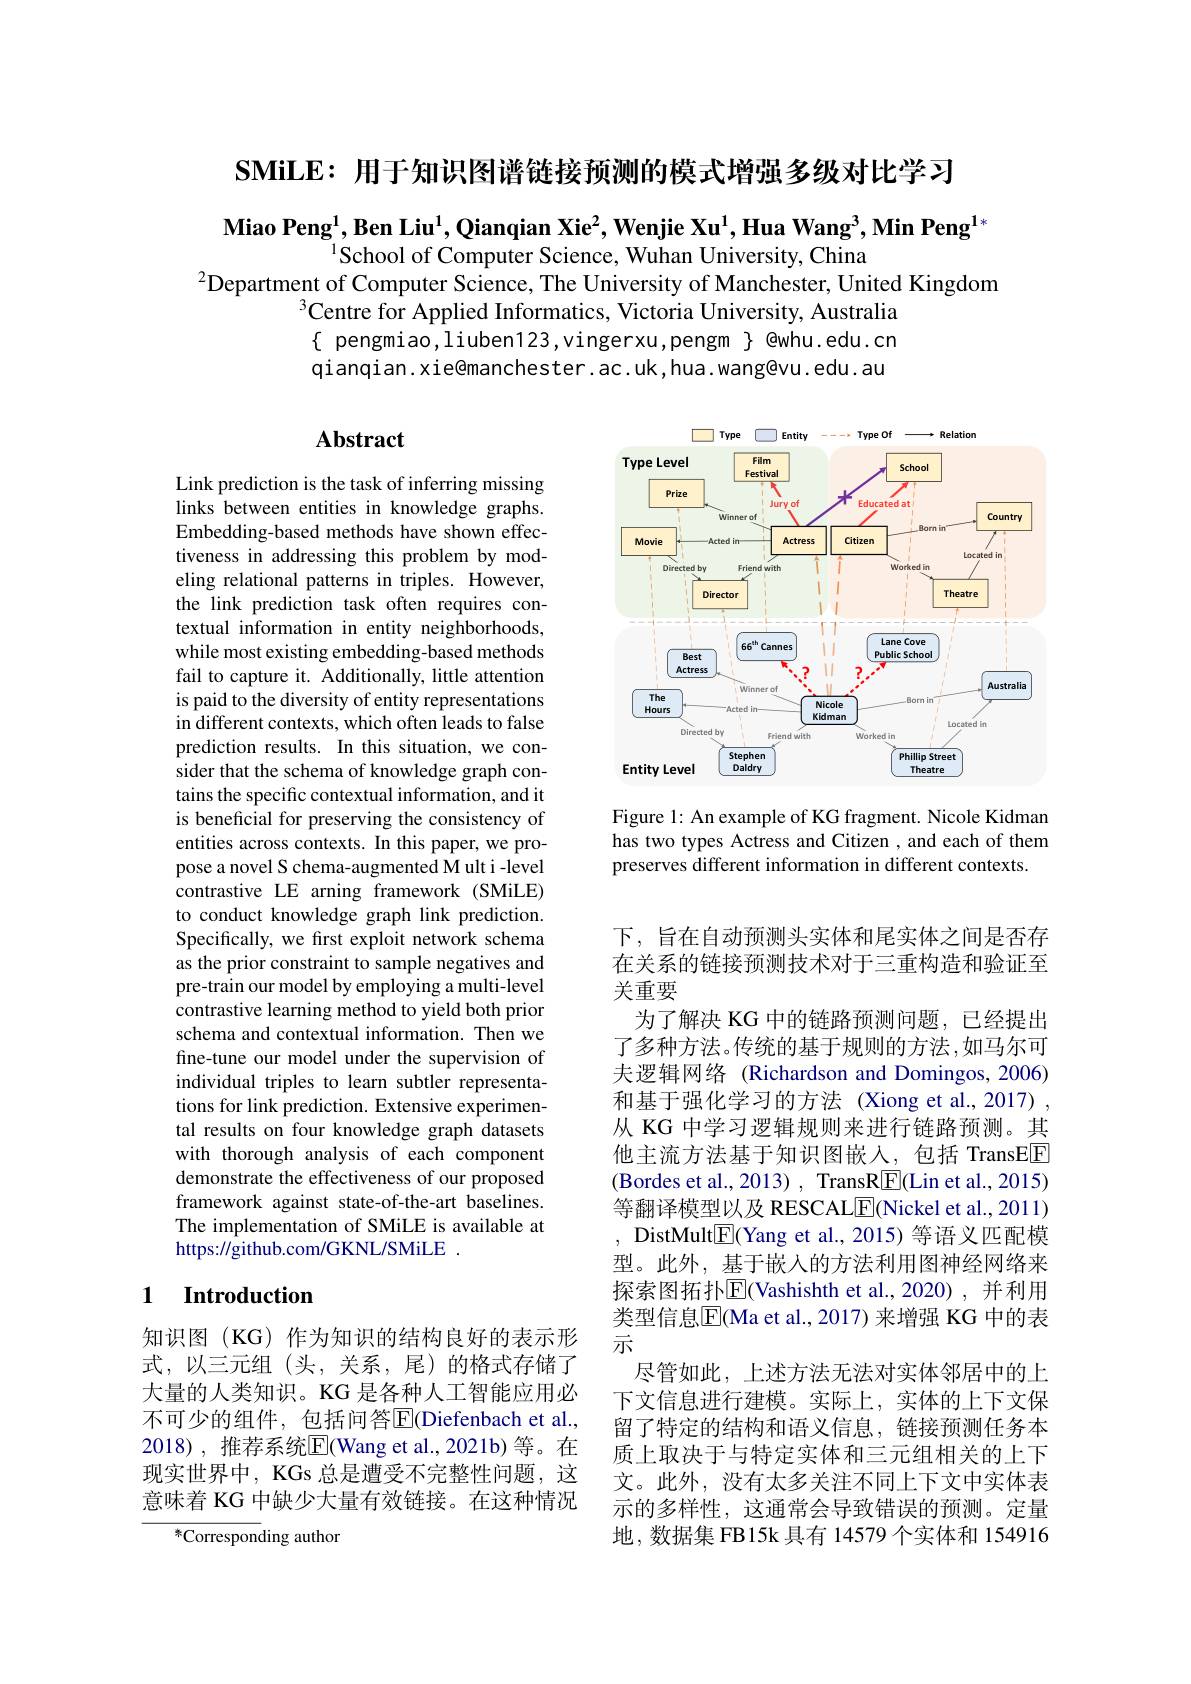
SMiLE: 用于知识图谱链接预测的模式增强多级对比学习

$\textbf{Miao Peng}^1,\textbf{Ben Liu}^1,\textbf{Qianqian Xie}^2,\textbf{Wenjie Xu}^1,\textbf{Hua Wang}^3,\textbf{Min Peng}^{1*}$
$^{1}$School of Computer Science, Wuhan University, China
$^{2}$Department of Computer Science, The University of Manchester, United Kingdom
$^{3}\hat{\text{Centre for Applied Informatics, Victoria University, Australia}}$ $\{$ pengmiao,liuben123,vingerxu,pengm $\}$ @whu.edu.cn qianqian. xie@manchester. ac. uk, hua. wang@vu. edu. au

## Abstract

<FigureHere>

Figure 1: An example of KG fragment. Nicole Kidman has two types Actress and Citizen , and each of them preserves different information in different contexts.

Link prediction is the task of inferring missing links between entities in knowledge graphs. Embedding-based methods have shown effectiveness in addressing this problem by modeling relational patterns in triples. However, the link prediction task often requires contextual information in entity neighborhoods, while most existing embedding-based methods fail to capture it. Additionally, little attention is paid to the diversity of entity representations in different contexts, which often leads to false prediction results. In this situation, we consider that the schema of knowledge graph contains the specific contextual information, and it is beneficial for preserving the consistency of entities across contexts. In this paper, we propose a novel S chema-augmented M ult i -level contrastive LE arning framework (SMiLE) to conduct knowledge graph link prediction. Specifically, we first exploit network schema as the prior constraint to sample negatives and pre-train our model by employing a multi-level contrastive learning method to yield both prior schema and contextual information. Then we fine-tune our model under the supervision of individual triples to learn subtler representations for link prediction. Extensive experimental results on four knowledge graph datasets with thorough analysis of each component demonstrate the effectiveness of our proposed framework against state-of-the-art baselines. The implementation of SMiLE is available at https://github.com/GKNL/SMiLE .

下，旨在自动预测头实体和尾实体之间是否存在关系的链接预测技术对于三重构造和验证至关重要
为了解决 KG 中的链路预测问题，已经提出了多种方法。传统的基于规则的方法，如马尔可夫逻辑网络 (Richardson and Domingos, 2006) 和基于强化学习的方法 (Xiong et al.,2017) , 从 KG 中学习逻辑规则来进行链路预测。其他主流方法基于知识图嵌入，包括 TransEE (Bordes et al., 2013) , TransRE(Lin et al., 2015) 等翻译模型以及 RESCALE(Nickel et al., 2011) , DistMult$\boxed{\mathrm{F}}($Yang et al., 2015) 等语义匹配模型。此外，基于嵌入的方法利用图神经网络来探索图拓扑$\boxed{\mathrm{E}}($Vashishth et al.,2020),并利用类型信息$\overline{\mathrm{E}}$(Ma et al., 2017) 来增强 KG 中的表示
尽管如此，上述方法无法对实体邻居中的上下文信息进行建模。实际上，实体的上下文保留了特定的结构和语义信息，链接预测任务本质上取决于与特定实体和三元组相关的上下文。此外，没有太多关注不同上下文中实体表示的多样性，这通常会导致错误的预测。定量地，数据集 FB15k 具有 14579 个实体和 154916

## 1 $\textbf{Introduction}$

知识图(KG)作为知识的结构良好的表示形式，以三元组(头，关系，尾)的格式存储了大量的人类知识。KG 是各种人工智能应用必不可少的组件，包括问答$\overline{\mathrm{E}}$(Diefenbach et al., 2018), 推荐系统$\overline{\mathrm{E}}$(Wang et al.,2021b)等。在现实世界中，KGs 总是遭受不完整性问题，这意味着 KG 中缺少大量有效链接。在这种情况

${}^{*}{\mathrm{Corresponding~author}}$